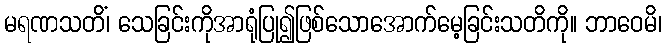
မရဏသတိံ၊ သေခြင်းကိုအာရုံပြု၍ဖြစ်သောအောက်မေ့ခြင်းသတိကို။ ဘာဝေမိ၊